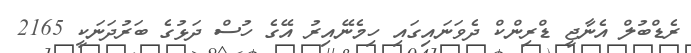
ރެޑްބުލް އެނާޖީ ޑްރިންކް ދެވަނައިގައި ހިމެނޭއިރު އޭގެ ހުސް ދަޅުގެ ބަރުދަނަކީ 2165